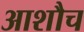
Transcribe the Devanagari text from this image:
आशौच